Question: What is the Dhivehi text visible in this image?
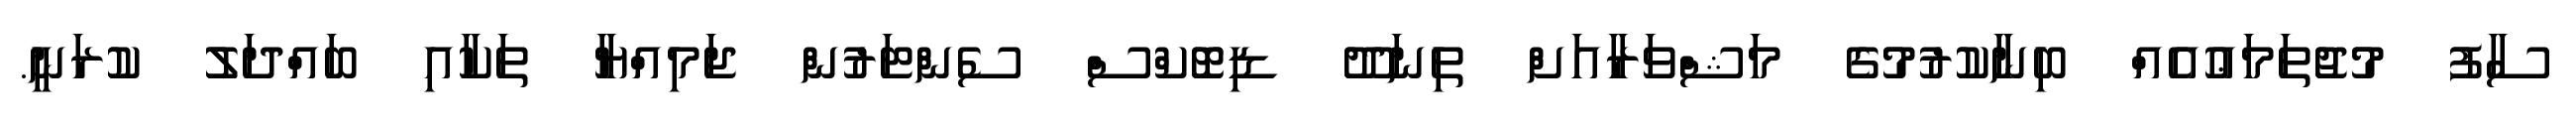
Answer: ސާފު މުޖުތަމަޢުއެއް ބިނާކުރުމުގެ މަޝްވަރާއަށް ތިނަދޫ ޑިޓޮކްސް ސެންޓަރުން ޖަމިއްޔާ ތަކާއި ބައްދަލު ކުރަނީ.